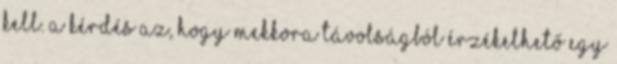
kell. A kérdés az, hogy mekkora távolságból érzékelhető egy